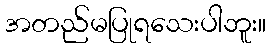
အတည်မပြုရသေးပါဘူး။